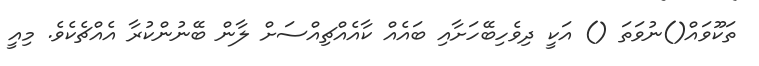
ތަކޫވައް()ނުވަތަ () އަކީ ދިވެހިބޭހަށާއި ބައެއް ކާއެއްޗިއްސަށް ލާން ބޭނުންކުރާ އެއްޗެކެވެ. މިއީ